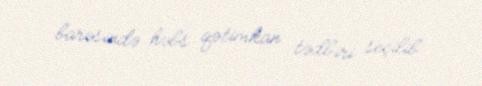
barəsində həbs qətimkan tədbiri seçilib.